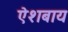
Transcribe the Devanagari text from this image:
ऐशबाय